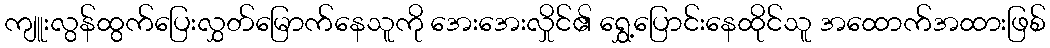
ကျူးလွန်ထွက်ပြေးလွှတ်မြောက်နေသူကို အေးအေးလှိုင်၏ ရွှေ့ပြောင်းနေထိုင်သူ အထောက်အထားဖြစ်